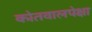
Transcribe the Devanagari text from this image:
कोतवालपेक्षा